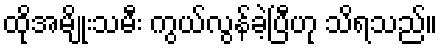
ထိုအမျိုးသမီး ကွယ်လွန်ခဲ့ပြီဟု သိရသည်။